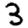
Digit: 3